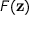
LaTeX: F ( \mathbf { z } )